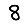
Digit: 8